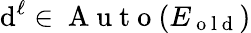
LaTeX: \mathrm{d}^{\ell}\in\mathrm{{~A~u~t~o~}}(E_{\mathrm{{~o~l~\mathrm{d}~}}})